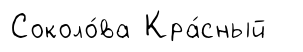
Соколо́ва Кра́сный